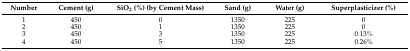
<table><thead><tr><td><b>Number</b></td><td><b>Cement (g)</b></td><td><b>SiO<sub>2</sub> (%) (by Cement Mass)</b></td><td><b>Sand (g)</b></td><td><b>Water (g)</b></td><td><b>Superplasticizer (%)</b></td></tr></thead><tbody><tr><td>1</td><td>450</td><td>0</td><td>1350</td><td>225</td><td>0</td></tr><tr><td>2</td><td>450</td><td>1</td><td>1350</td><td>225</td><td>0</td></tr><tr><td>3</td><td>450</td><td>3</td><td>1350</td><td>225</td><td>0.13%</td></tr><tr><td>4</td><td>450</td><td>5</td><td>1350</td><td>225</td><td>0.26%</td></tr></tbody></table>